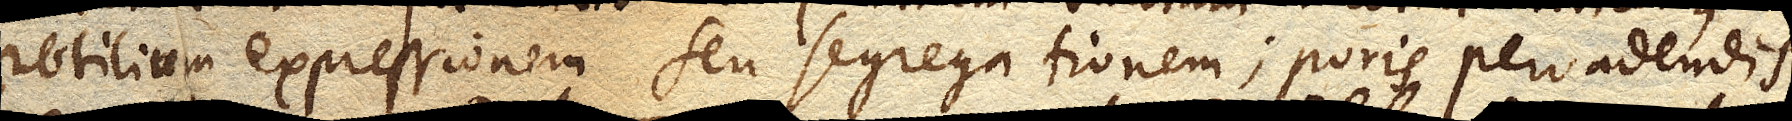
subtilium expressionem seu segregationem; poris pervadendis